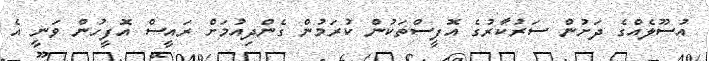
އުސޫލެއްގެ ދަށުން ސަރުކާރުގެ އޮފީސްތަކުން ކުރަމުން ގެންދިއުމަށް ރައީސް އޮފީހުން ވަނީ އެ